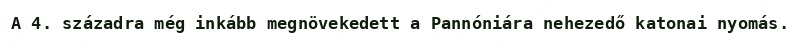
A 4. századra még inkább megnövekedett a Pannóniára nehezedő katonai nyomás.